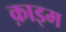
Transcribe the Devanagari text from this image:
क़ाइम